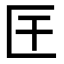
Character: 𭅖